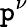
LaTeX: \mathtt{p}^{\nu}